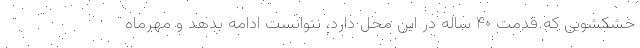
خشکشویی که قدمت ۴۰ ساله در این محل دارد، نتوانست ادامه بدهد و مهرماه